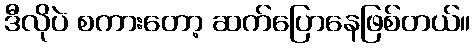
ဒီလိုပဲ စကားတော့ ဆက်ပြောနေဖြစ်တယ်။